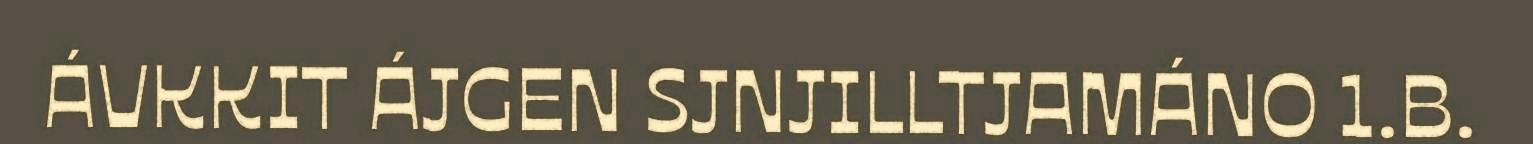
ÁVKKIT ÁJGEN SJNJILLTJAMÁNO 1.B.